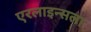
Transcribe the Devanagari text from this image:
एरलाइन्सला